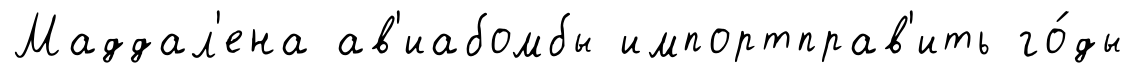
Маддал'ена ав'иабомбы импортправ'ить го́ды